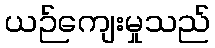
ယဉ်ကျေးမှုသည်